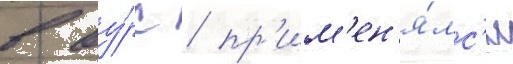
в ву́рс / пр'им'ен'я́лс'я